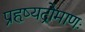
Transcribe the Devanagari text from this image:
प्रहृष्यद्रोमाणः